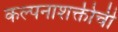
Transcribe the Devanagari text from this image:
कल्पनाशक्तीची